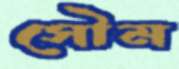
সৌম